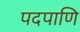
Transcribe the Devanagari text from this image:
पदपाणि